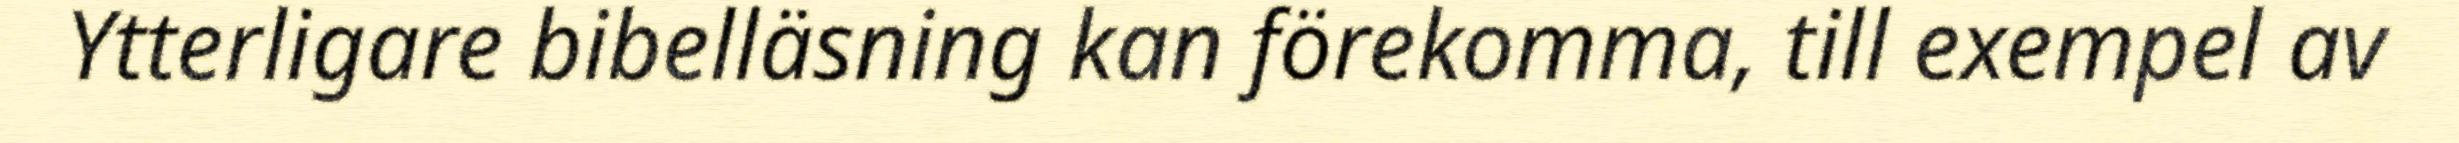
Ytterligare bibelläsning kan förekomma, till exempel av